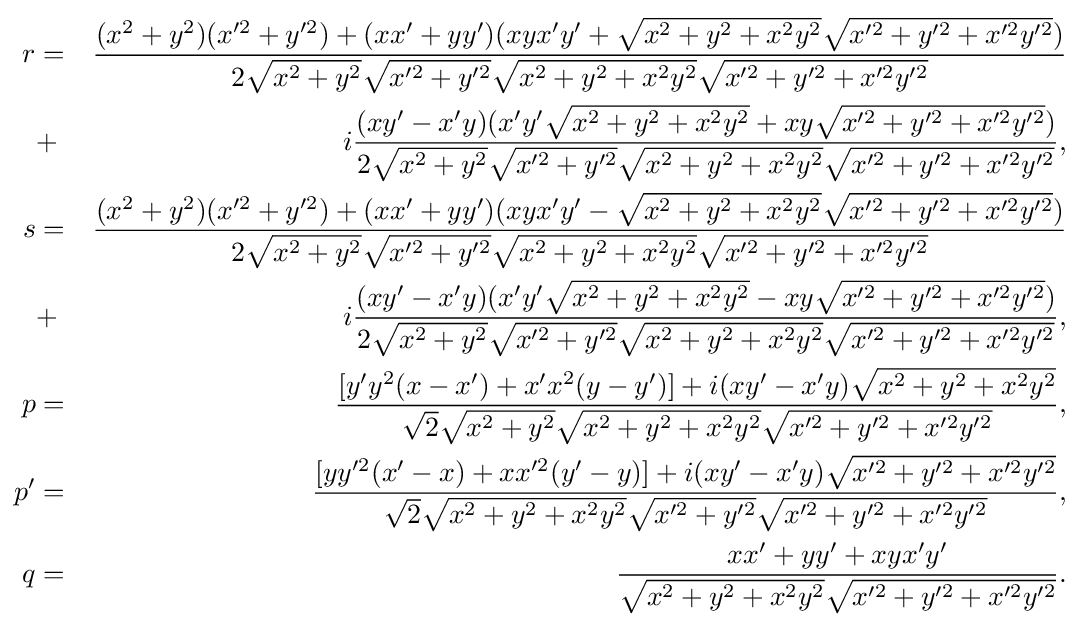
{\begin{aligned}r&=&{{(x^{2}+y^{2})(x'^{2}+y'^{2})+(xx'+yy')(xyx'y'+{\sqrt {x^{2}+y^{2}+x^{2}y^{2}}}{\sqrt {x'^{2}+y'^{2}+x'^{2}y'^{2}}})} \over {2{\sqrt {x^{2}+y^{2}}}{\sqrt {x'^{2}+y'^{2}}}{\sqrt {x^{2}+y^{2}+x^{2}y^{2}}}{\sqrt {x'^{2}+y'^{2}+x'^{2}y'^{2}}}}}\\&+&i{{(xy'-x'y)(x'y'{\sqrt {x^{2}+y^{2}+x^{2}y^{2}}}+xy{\sqrt {x'^{2}+y'^{2}+x'^{2}y'^{2}}})} \over {2{\sqrt {x^{2}+y^{2}}}{\sqrt {x'^{2}+y'^{2}}}{\sqrt {x^{2}+y^{2}+x^{2}y^{2}}}{\sqrt {x'^{2}+y'^{2}+x'^{2}y'^{2}}}}},\\s&=&{{(x^{2}+y^{2})(x'^{2}+y'^{2})+(xx'+yy')(xyx'y'-{\sqrt {x^{2}+y^{2}+x^{2}y^{2}}}{\sqrt {x'^{2}+y'^{2}+x'^{2}y'^{2}}})} \over {2{\sqrt {x^{2}+y^{2}}}{\sqrt {x'^{2}+y'^{2}}}{\sqrt {x^{2}+y^{2}+x^{2}y^{2}}}{\sqrt {x'^{2}+y'^{2}+x'^{2}y'^{2}}}}}\\&+&i{{(xy'-x'y)(x'y'{\sqrt {x^{2}+y^{2}+x^{2}y^{2}}}-xy{\sqrt {x'^{2}+y'^{2}+x'^{2}y'^{2}}})} \over {2{\sqrt {x^{2}+y^{2}}}{\sqrt {x'^{2}+y'^{2}}}{\sqrt {x^{2}+y^{2}+x^{2}y^{2}}}{\sqrt {x'^{2}+y'^{2}+x'^{2}y'^{2}}}}},\\p&=&{{[y'y^{2}(x-x')+x'x^{2}(y-y')]+i(xy'-x'y){\sqrt {x^{2}+y^{2}+x^{2}y^{2}}}} \over {{\sqrt {2}}{\sqrt {x^{2}+y^{2}}}{\sqrt {x^{2}+y^{2}+x^{2}y^{2}}}{\sqrt {x'^{2}+y'^{2}+x'^{2}y'^{2}}}}},\\p^{\prime }&=&{{[yy'^{2}(x'-x)+xx'^{2}(y'-y)]+i(xy'-x'y){\sqrt {x'^{2}+y'^{2}+x'^{2}y'^{2}}}} \over {{\sqrt {2}}{\sqrt {x^{2}+y^{2}+x^{2}y^{2}}}{\sqrt {x'^{2}+y'^{2}}}{\sqrt {x'^{2}+y'^{2}+x'^{2}y'^{2}}}}},\\q&=&{{xx'+yy'+xyx'y'} \over {{\sqrt {x^{2}+y^{2}+x^{2}y^{2}}}{\sqrt {x'^{2}+y'^{2}+x'^{2}y'^{2}}}}}.\end{aligned}}